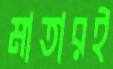
মাতারই